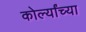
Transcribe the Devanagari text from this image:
कोर्ल्यांच्या